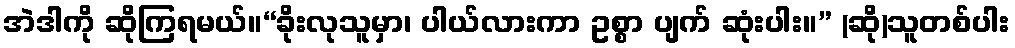
အဲဒါကို ဆိုကြရမယ်။“ခိုးလုသူမှာ၊ ပါယ်လားကာ ဥစ္စာ ပျက် ဆုံးပါး။” (ဆို)သူတစ်ပါး